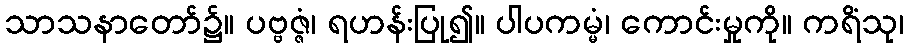
သာသနာတော်၌။ ပဗ္ဗဇ္ဇံ၊ ရဟန်းပြု၍။ ပါပကမ္မံ၊ ကောင်းမှုကို။ ကရိံသု၊